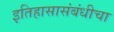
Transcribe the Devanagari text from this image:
इतिहासासंबंधीचा